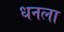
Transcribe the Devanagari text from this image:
धनला